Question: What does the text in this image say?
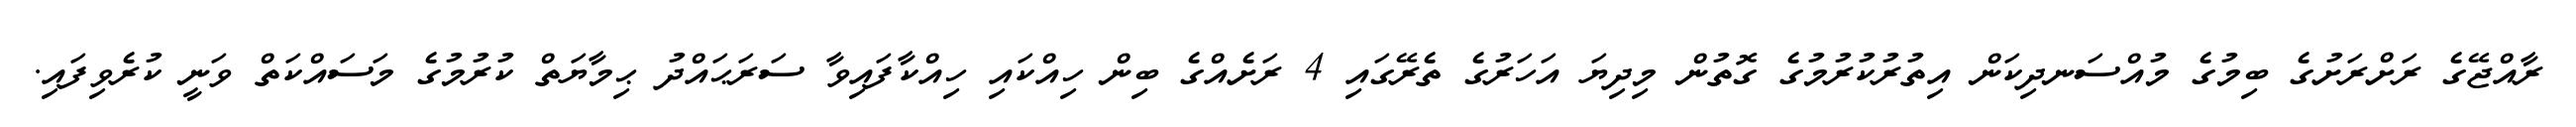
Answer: ރާއްޖޭގެ ރަށްރަށުގެ ބިމުގެ މުއްސަނދިކަން އިތުރުކުރުމުގެ ގޮތުން މިދިޔަ އަހަރުގެ ތެރޭގައި 4 ރަށެއްގެ ބިން ހިއްކައި ހިއްކާފައިވާ ސަރަޙައްދު ޙިމާޔަތް ކުރުމުގެ މަސައްކަތް ވަނީ ކުރެވިފައި.